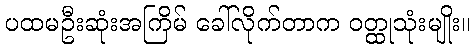
ပထမဦးဆုံးအကြိမ် ခေါ်လိုက်တာက ဝတ္ထုသုံးမျိုး။